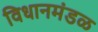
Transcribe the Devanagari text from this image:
विधानमंडळ